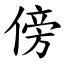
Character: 傍